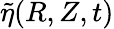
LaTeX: \tilde{\eta}(R,Z,t)